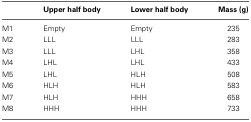
|  | Upper half body | Lower half body | Mass (g) |
 | --- | --- | --- | --- |
 | M1 | Empty | Empty | 235 |
 | M2 | LLL | LLL | 283 |
 | M3 | LLL | LHL | 358 |
 | M4 | LHL | LHL | 433 |
 | M5 | LHL | HLH | 508 |
 | M6 | HLH | HLH | 583 |
 | M7 | HLH | HHH | 658 |
 | M8 | HHH | HHH | 733 |